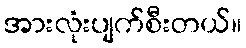
အားလုံးပျက်စီးတယ်။